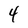
Character: 4